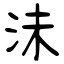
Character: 沬